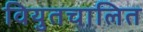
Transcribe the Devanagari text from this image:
वियुतचालित